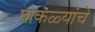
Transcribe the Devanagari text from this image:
पाकळ्यांचे